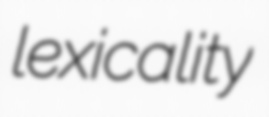
lexicality